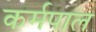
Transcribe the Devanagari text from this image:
कर्मपाल